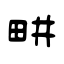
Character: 畊